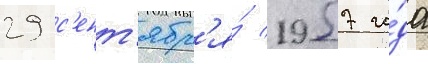
29 с'ент'ябр'я́ 1957 го́да